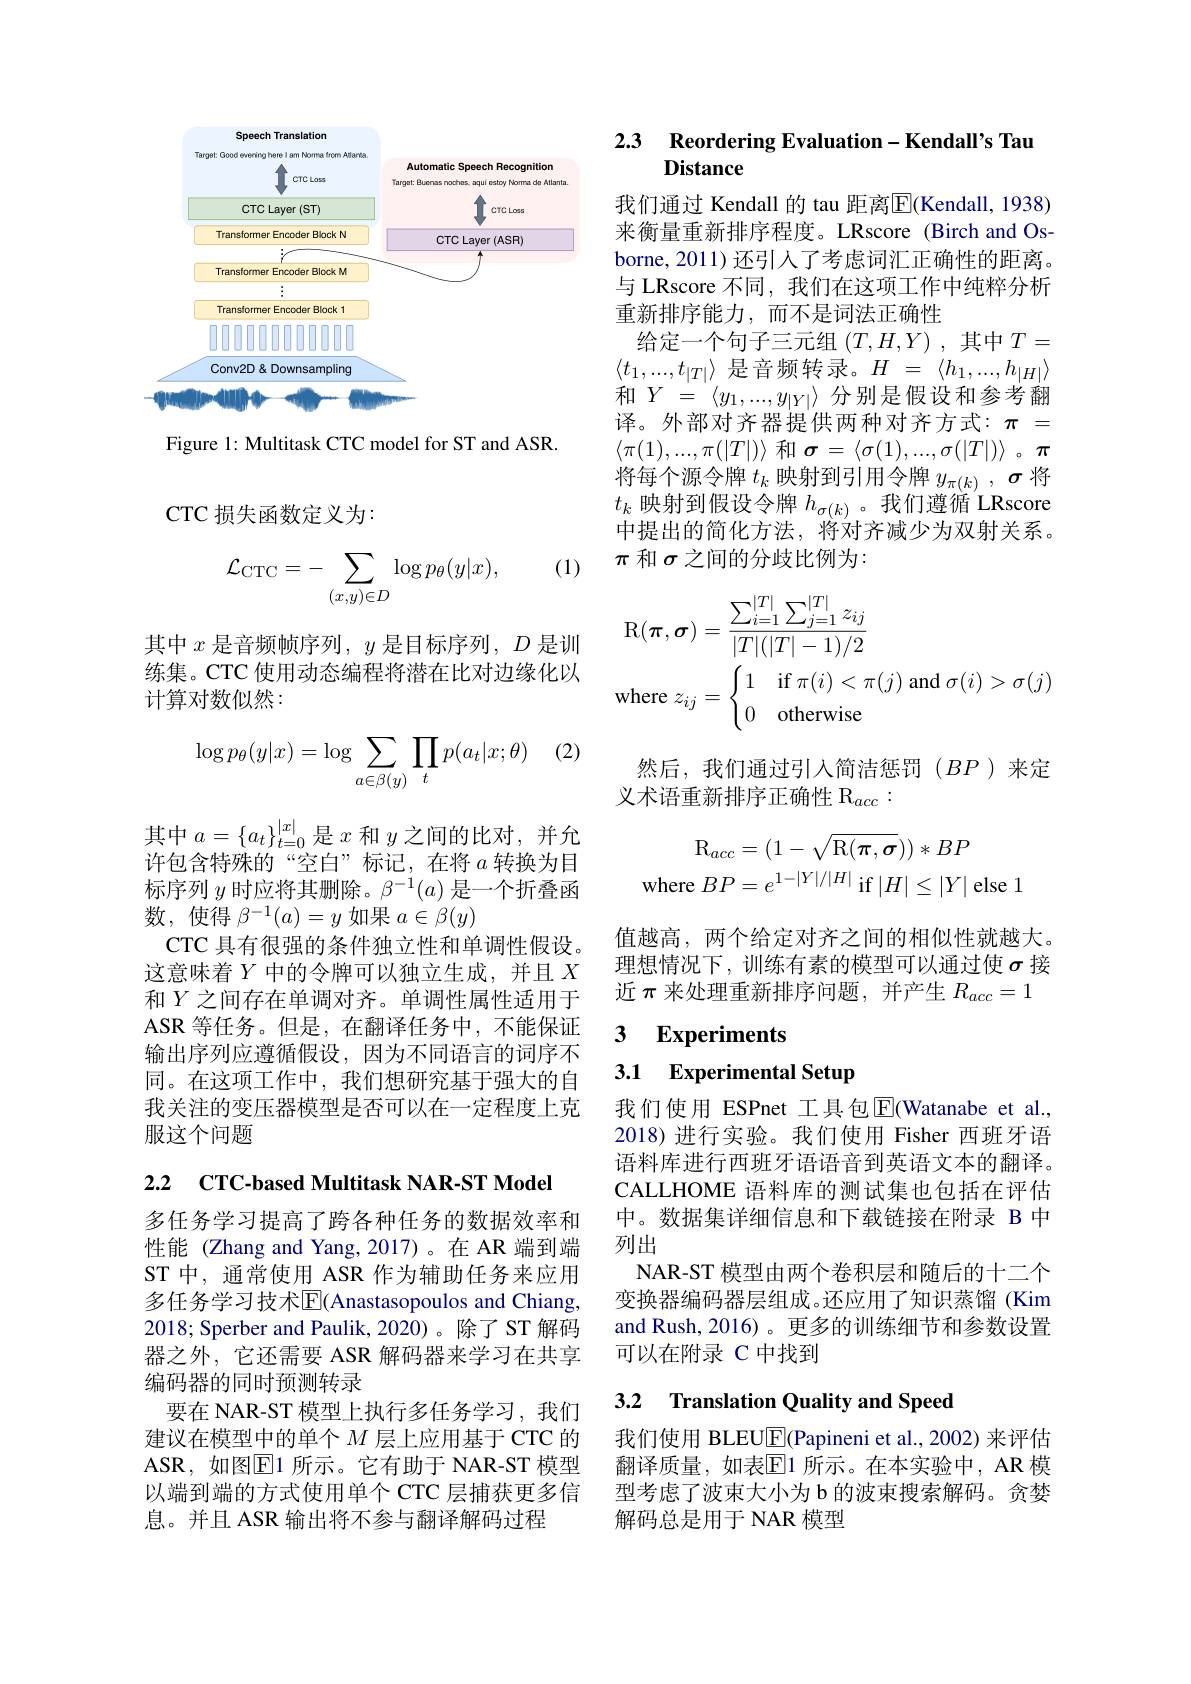
<FigureHere>

Figure 1: Multitask CTC model for ST and ASR

$\operatorname{CTC}$损失函数定义为：

(1)
$$\mathcal{L}_{\mathrm{CTC}}=-\sum_{(x,y)\in D}\log p_\theta(y|x),$$
其中$x$是音频帧序列，$y$是目标序列$,D$是训练集。CTC 使用动态编程将潜在比对边缘化以计算对数似然：

(2)
$$\log p_\theta(y|x)=\log\sum_{a\in\beta(y)}\prod_tp(a_t|x;\theta)$$
其中$a=\{a_t\}_{t=0}^{|x|}$是$x$ 和$y$之间的比对，并允许包含特殊的“空白”标记，在将$a$转换为目标序列$y$时应将其删除。$\beta^-1(a)$是一个折叠函数，使得$\beta^-1(a)=y$如果$a\in\beta(y)$
CTC 具有很强的条件独立性和单调性假设。这意味着$Y$中的令牌可以独立生成，并且$X$ 和$Y$之间存在单调对齐。单调性属性适用于ASR 等任务。但是，在翻译任务中，不能保证输出序列应遵循假设，因为不同语言的词序不同。在这项工作中，我们想研究基于强大的自我关注的变压器模型是否可以在一定程度上克服这个问题

2.2 CTC-based Multitask NAR-ST Model

多任务学习提高了跨各种任务的数据效率和性能(Zhang and Yang,2017)。在 AR 端到端ST 中，通常使用 ASR 作为辅助任务来应用多任务学习技术$\mathbb{E}$(Anastasopoulos and Chiang, 2018; Sperber and Paulik, 2020)。除了 ST 解码器之外，它还需要 ASR 解码器来学习在共享编码器的同时预测转录
要在 NAR-ST 模型上执行多任务学习，我们建议在模型中的单个$M$ 层上应用基于 CTC 的ASR,如图$\overline{\mathrm{E}}$1 所示。它有助于 NAR-ST 模型以端到端的方式使用单个 CTC 层捕获更多信息。并且 ASR 输出将不参与翻译解码过程

### 2.3 Reordering Evaluation-Kendall's Tau Distance

我们通过 Kendall 的 tau 距离$\overline{\mathbb{E}}($Kendall, 1938) 来衡量重新排序程度。LRscore (Birch and Osborne,2011)还引人了考虑词汇正确性的距离。与 LRscore 不同，我们在这项工作中纯粹分析重新排序能力，而不是词法正确性
给定一个句子三元组$(T,H,Y)$ ,其中$T=$ $\langle t_1,...,t_{|T|}\rangle$是音频转录。$H$ = $\langle h_1, . . . , h_{| H| }\rangle$ 和$Y=\langle y_1,...,y_{|Y|}\rangle$分别是假设和参考翻译。外部对齐器提供两种对齐方式：$\pi=$ $\langle\pi(1),...,\pi(|T|)\rangle$ 和$\boldsymbol\sigma=\langle\sigma(1),...,\sigma(|T|)\rangle$。$\pi$ 将每个源令牌$t_k$映射到引用令牌$y_\pi(k),\sigma$将$t_k$映射到假设令牌$h_\sigma(k)$。我们遵循'LRscore 中提出的简化方法，将对齐减少为双射关系。$\pi$和$\sigma$之间的分歧比例为：
$$\begin{aligned}&\mathrm{R}(\boldsymbol{\pi},\boldsymbol{\sigma})=\frac{\sum_{i=1}^{|T|}\sum_{j=1}^{|T|}z_{ij}}{|T|(|T|-1)/2}\\&\mathrm{where}\:z_{ij}=\begin{cases}1&\text{if}\:\pi(i)<\pi(j)\text{and}\:\sigma(i)>\sigma(j)\\0&\text{otherwise}\end{cases}\end{aligned}$$
然后，我们通过引入简洁惩罚($BP$)来定
义术语重新排序正确性$\mathrm{R}_{acc}:$
$$\begin{aligned}\mathrm{R}_{acc}&=(1-\sqrt{\mathrm{R}(\pi,\sigma}))*BP\\\text{re}BP&=e^{1-|Y|/|H|}\mathrm{~if~}|H|\leq|Y|\mathrm{~else}\end{aligned}$$
值越高，两个给定对齐之间的相似性就越大。理想情况下，训练有素的模型可以通过使$\sigma$接近$\pi$来处理重新排序问题，并产生$R_acc=1$

## 3 Experiments

3.1 Experimental Setup

我们使用 ESPnet 工具包$\overline{\mathrm{E}}$(Watanabe et al., 2018)进行实验。我们使用 Fisher 西班牙语语料库进行西班牙语语音到英语文本的翻译。CALLHOME 语料库的测试集也包括在评估中。数据集详细信息和下载链接在附录 B 中列出
NAR-ST 模型由两个卷积层和随后的十二个变换器编码器层组成。还应用了知识蒸馏(Kim and Rush, 2016)。更多的训练细节和参数设置可以在附录 C 中找到

### 3.2 Translation Quality and Speed

我们使用 BLEU$\overline{\mathbb{E}}$(Papineni et al., 2002) 来评估翻译质量，如表$\overline{\mathbb{E}}$1 所示。在本实验中，AR 模型考虑了波束大小为 b 的波束搜索解码。贪婪解码总是用于 NAR 模型